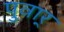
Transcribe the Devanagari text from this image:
पुवार्